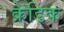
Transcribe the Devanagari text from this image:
क्रेडिक